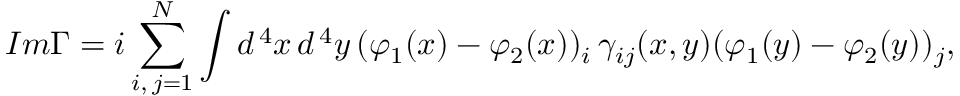
I m \Gamma = i \sum _ { i , \, j = 1 } ^ { N } \int d ^ { \, 4 } x \, d ^ { \, 4 } y \, ( \varphi _ { 1 } ( x ) - \varphi _ { 2 } ( x ) ) _ { i } \, \gamma _ { i j } ( x , y ) ( \varphi _ { 1 } ( y ) - \varphi _ { 2 } ( y ) ) _ { j } ,